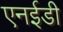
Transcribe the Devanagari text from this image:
एनईडी